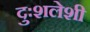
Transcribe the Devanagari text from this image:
दुःशलेशी